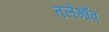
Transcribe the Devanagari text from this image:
तलेगाँव